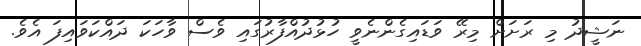
ނަޝީދު މި ރަށަށް މިރޭ ވަޑައިގެންނެވީ ހުޅުދުއްފާރުގައި ވެސް ވާހަކަ ދައްކަވައިފަ އެވެ.